Vaccination in Bombay 1902-1912 - 1902-1912
Year: 1902
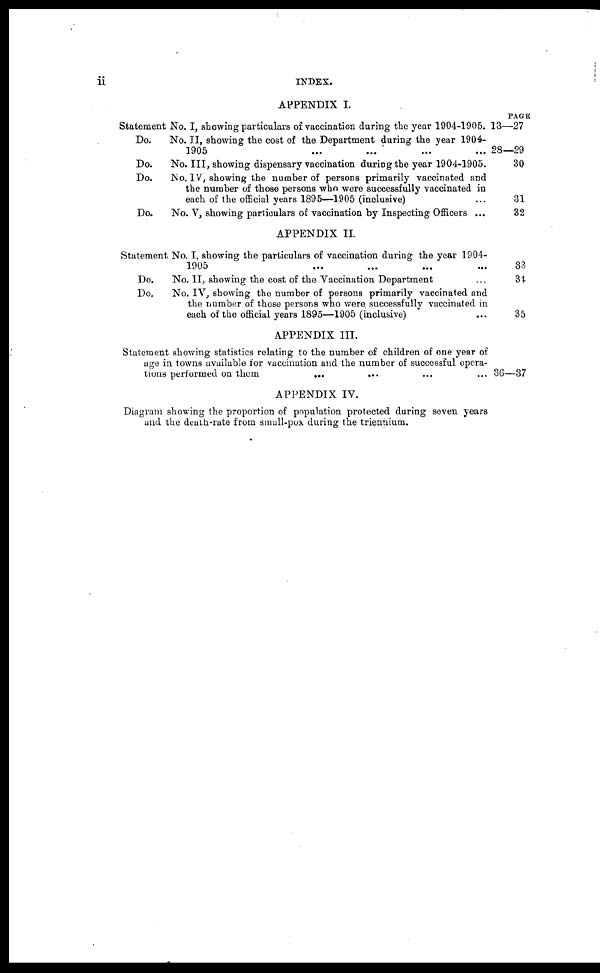
ii
INDEX.
APPENDIX I.
Statement No. I, showing particulars of vaccination during the year 1904-1905.
Do.
No. II, showing the cost of the Department during the year 1904-
1905 ... ... ... ...
Do.
No. III, showing dispensary vaccination during the year 1904-1905.
Do.
No. IV, showing the number of persons primarily vaccinated and
the number of those persons who were successfully vaccinated in
each of the official years 1895—1905 (inclusive) ...
Do.
No. V, showing particulars of vaccination by Inspecting Officers ...
PAGE
13—27
28—29
30
31
32
APPENDIX II.
Statement No. I, showing the particulars of vaccination during the year 1904-
1905 ... ... ... ...
Do.
No. II, showing the cost of the Vaccination Department ...
Do.
No. IV, showing the number of persons primarily vaccinated and
the number of those persons who were successfully vaccinated in
each of the official years 1895—1905 (inclusive) ...
33
34
35
APPENDIX III.
Statement showing statistics relating to the number of children of one year of
age in towns available for vaccination and the number of successful opera-
tions performed on them
... ... ... ...
36—37
APPENDIX IV.
Diagram showing the proportion of population protected during seven years
and the death-rate from small-pox during the triennium.